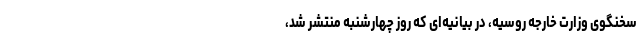
سخنگوی وزارت خارجه روسیه، در بیانیه‌ای که روز چهارشنبه منتشر شد،